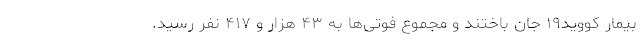
بیمار کووید۱۹ جان باختند و مجموع فوتی‌ها به ۴۳ هزار و ۴۱۷ نفر رسید.